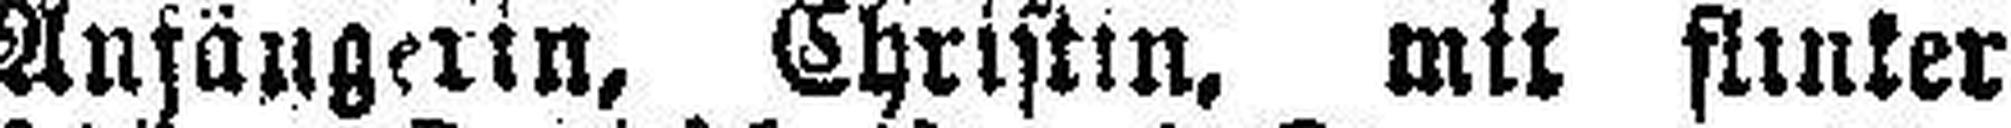
Anfängerin, Christin, mit flinker